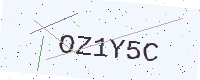
Text: OZ1Y5C